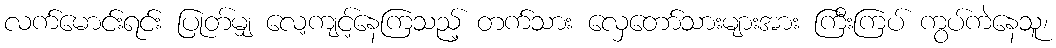
လက်မောင်းရင်း ပြုတ်မျှ လေ့ကျင့်နေကြသည့် တက်သား လှေတော်သားများအား ကြီးကြပ် ကွပ်ကဲနေသူ၊